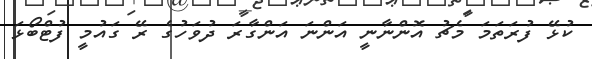
ކުޅޭ ފުރަތަމަ މެޗު އޮންނާނީ އަންނަ އަންގާރަ ދުވަހުގެ ރޭ ގައުމީ ފުޓްބޯޅަ